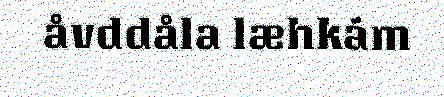
åvddåla læhkám